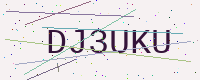
Text: DJ3UKU